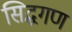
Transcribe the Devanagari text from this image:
सिद्धगण